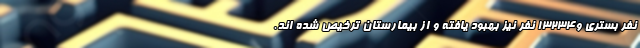
نفر بستری و۱۳۲۳۴ نفر نیز بهبود یافته و از بیمارستان ترخیص شده اند.